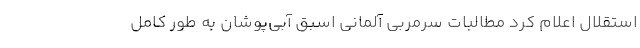
استقلال اعلام کرد مطالبات سرمربی آلمانی اسبق آبی‌پوشان به طور کامل